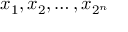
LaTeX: x _ { 1 } , x _ { 2 } , \ldots , x _ { 2 ^ { n } }